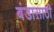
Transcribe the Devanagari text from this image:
बंडासाठी